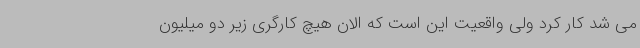
می شد کار کرد ولی واقعیت این است که الان هیچ کارگری زیر دو میلیون